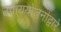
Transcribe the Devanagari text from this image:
उपाययोजनांद्वारे